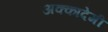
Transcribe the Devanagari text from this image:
अक्कादेमी